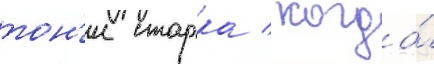
тон'и старка / когда́